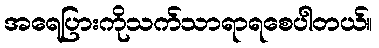
အရေပြားကိုသက်သာရာရစေပါတယ်။